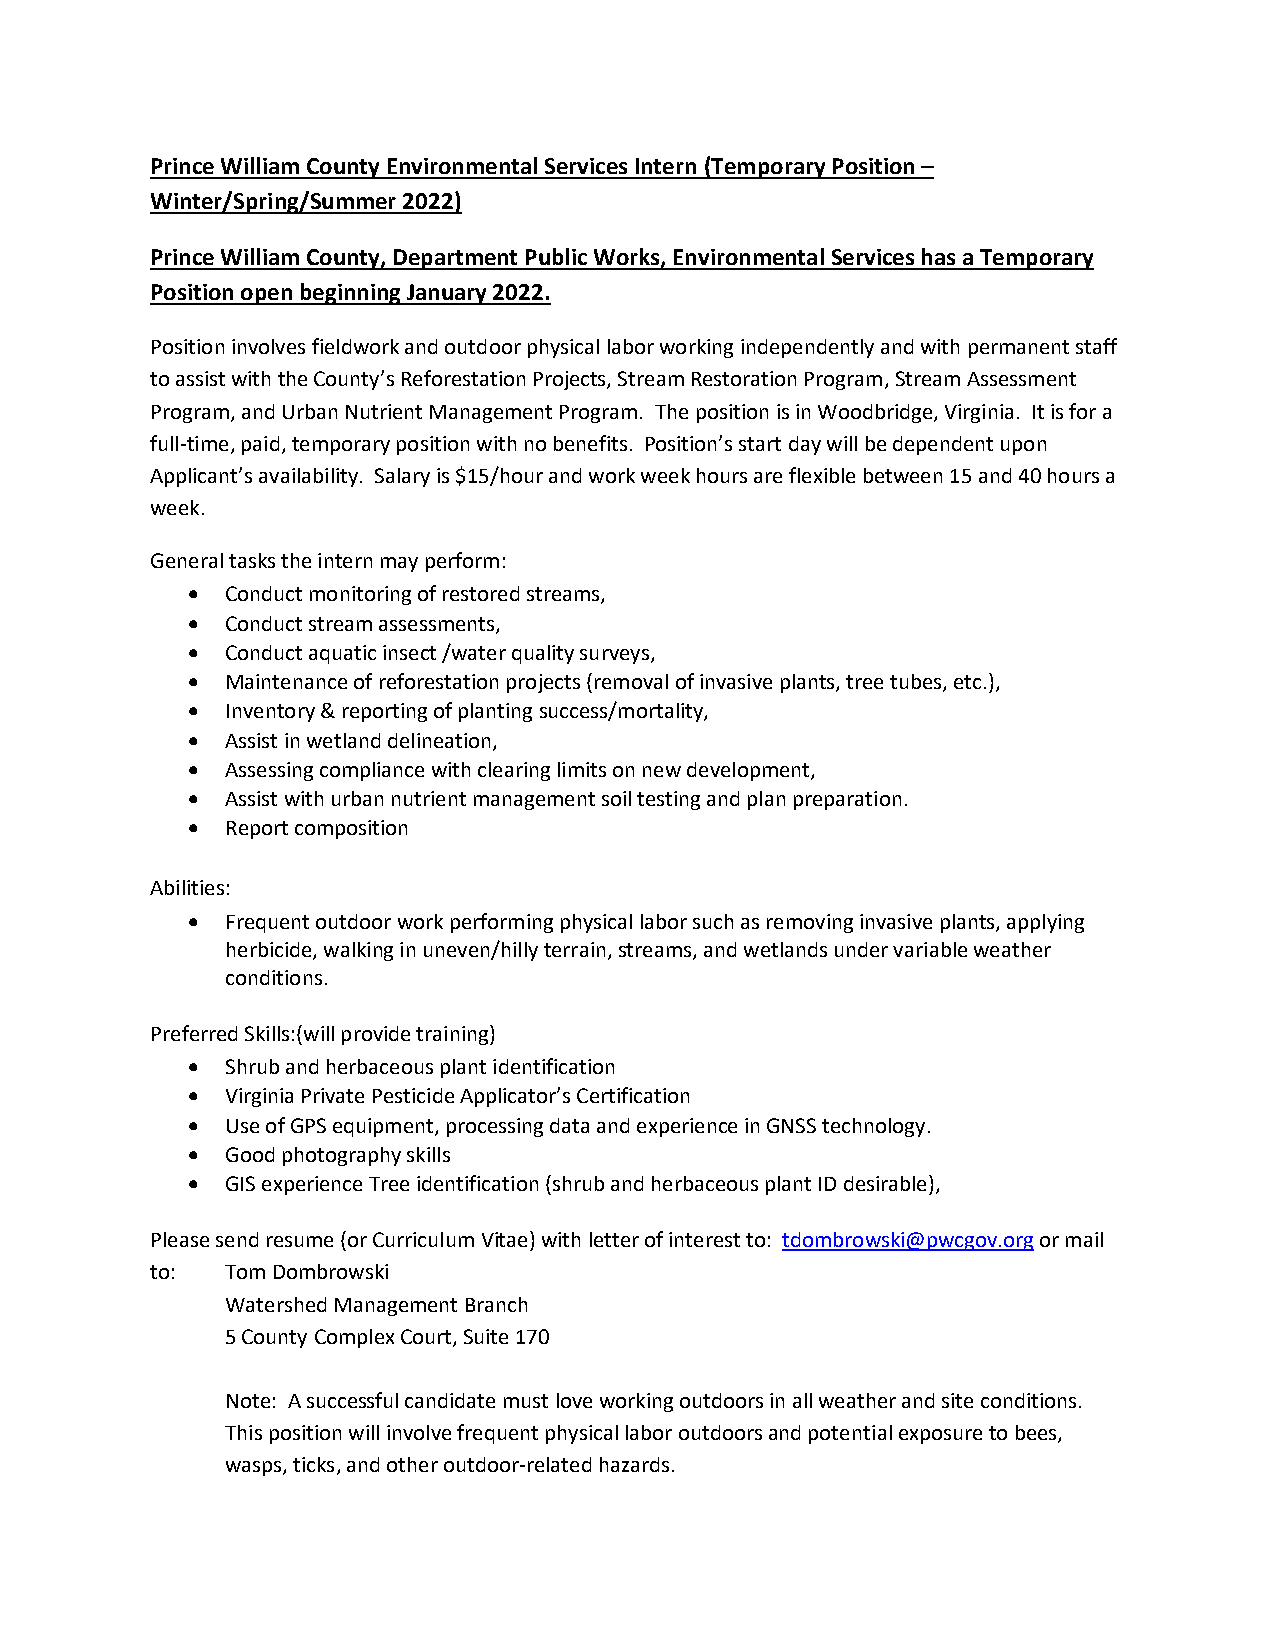
Prince William County Environmental Services Intern (Temporary Position –
 Winter/Spring/Summer 2022)
 Prince William County, Department Public Works, Environmental Services has a Temporary
 Position open beginning January 2022.
 Position involves fieldwork and outdoor physical labor working independently and with permanent staff
 to assist with the County’s Reforestation Projects, Stream Restoration Program, Stream Assessment
 Program, and Urban Nutrient Management Program. The position is in Woodbridge, Virginia. It is for a
 full-time, paid, temporary position with no benefits. Position’s start day will be dependent upon
 Applicant’s availability. Salary is $15/hour and work week hours are flexible between 15 and 40 hours a
 week.
 General tasks the intern may perform:
 •  Conduct monitoring of restored streams,
 •  Conduct stream assessments,
 •  Conduct aquatic insect /water quality surveys,
 •  Maintenance of reforestation projects (removal of invasive plants, tree tubes, etc.),
 •  Inventory & reporting of planting success/mortality,
 •  Assist in wetland delineation,
 •  Assessing compliance with clearing limits on new development,
 •  Assist with urban nutrient management soil testing and plan preparation.
 •  Report composition
 Abilities:
 •  Frequent outdoor work performing physical labor such as removing invasive plants, applying
 herbicide, walking in uneven/hilly terrain, streams, and wetlands under variable weather
 conditions.
 Preferred Skills:(will provide training)
 •  Shrub and herbaceous plant identification
 •  Virginia Private Pesticide Applicator’s Certification
 •  Use of GPS equipment, processing data and experience in GNSS technology.
 •  Good photography skills
 •  GIS experience Tree identification (shrub and herbaceous plant ID desirable),
 Please send resume (or Curriculum Vitae) with letter of interest to: tdombrowski@pwcgov.org or mail
 to:  Tom Dombrowski
 Watershed Management Branch
 5 County Complex Court, Suite 170
 Note: A successful candidate must love working outdoors in all weather and site conditions.
 This position will involve frequent physical labor outdoors and potential exposure to bees,
 wasps, ticks, and other outdoor-related hazards.